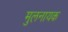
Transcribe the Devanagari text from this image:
मुलनायक